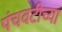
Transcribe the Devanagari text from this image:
पंचवटीच्या